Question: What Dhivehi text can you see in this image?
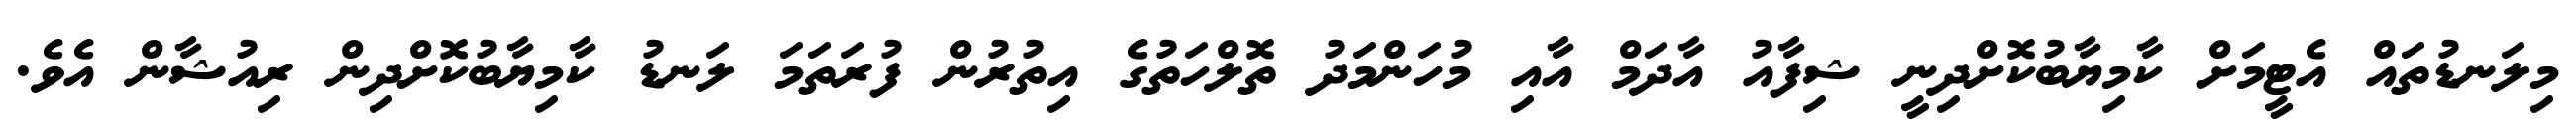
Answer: މިލަނޑުތައް އެޓީމަށް ކާމިޔާބުކޮށްދިނީ ޝިފާއު އާދަމް އާއި މުހަންމަދު ތޮލްހަތުގެ އިތުރުން ފުރަތަމަ ލަނޑު ކާމިޔާބުކޮށްދިން ރިއުޝާން އެވެ.